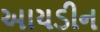
આયડીન